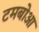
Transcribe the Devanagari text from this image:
टमबोआ